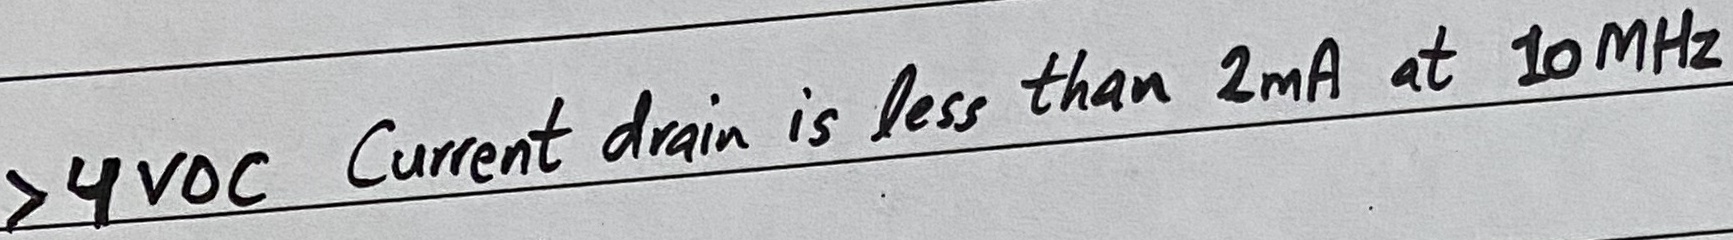
Text: >4VDC Current drain is less than 2mA at 10MHz